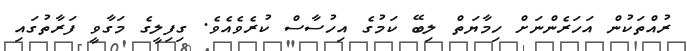
ރުއްތަކުން އަހަރެންނަށް ހިމާޔަތް ލިބޭ ކަމުގެ އިހުސާސް ކުރެވެއެވެ. ގިފިލީގެ މަގާވީ ފަރާތުގައި